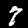
Label: 7